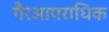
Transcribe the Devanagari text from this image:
गैरआपराधिक